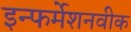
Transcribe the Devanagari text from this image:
इन्फर्मेशनवीक